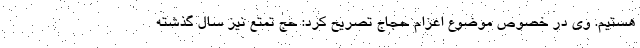
هستیم. وی در خصوص موضوع اعزام حجاج تصریح کرد: حج تمتع نیز سال گذشته